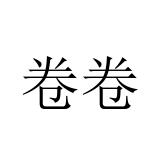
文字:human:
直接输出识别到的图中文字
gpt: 卷卷